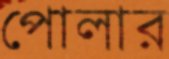
পোলার